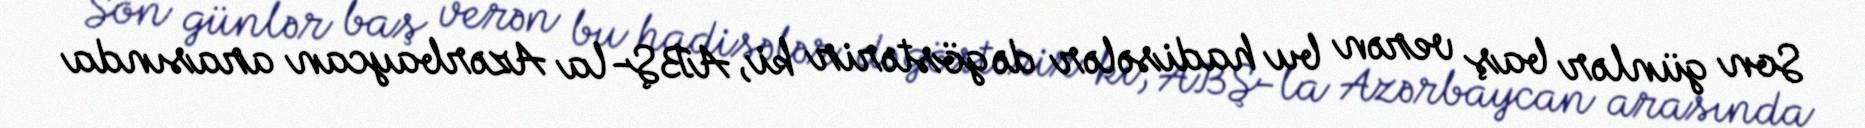
Son günlər baş verən bu hadisələr də göstərir ki, ABŞ-la Azərbaycan arasında